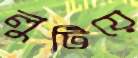
লুটিয়ে